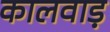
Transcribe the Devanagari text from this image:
कालवाड़